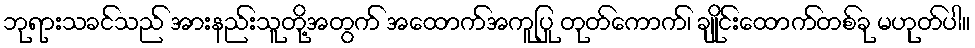
ဘုရားသခင်သည် အားနည်းသူတို့အတွက် အထောက်အကူပြု တုတ်ကောက်၊ ချိုင်းထောက်တစ်ခု မဟုတ်ပါ။